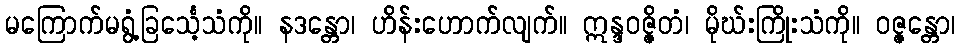
မကြောက်မရွံ့ခြင်္သေ့သံကို။ နဒန္တော၊ ဟိန်းဟောက်လျက်။ ဣန္ဒဝဇ္ဇိတံ၊ မိုဃ်းကြိုးသံကို။ ဝဇ္ဇန္တော၊